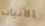
الأنياب